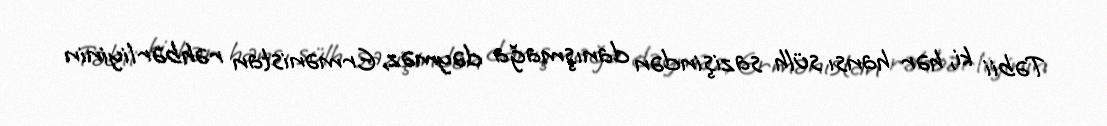
Təbii ki, hər hansı sülh sazişindən danışmağa dəyməz, Ermənistan rəhbərliyinin